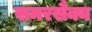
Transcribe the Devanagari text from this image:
समरसैक्य